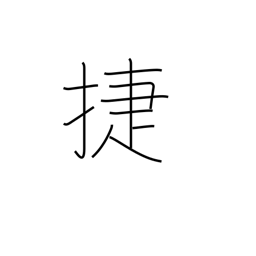
Meaning: fast